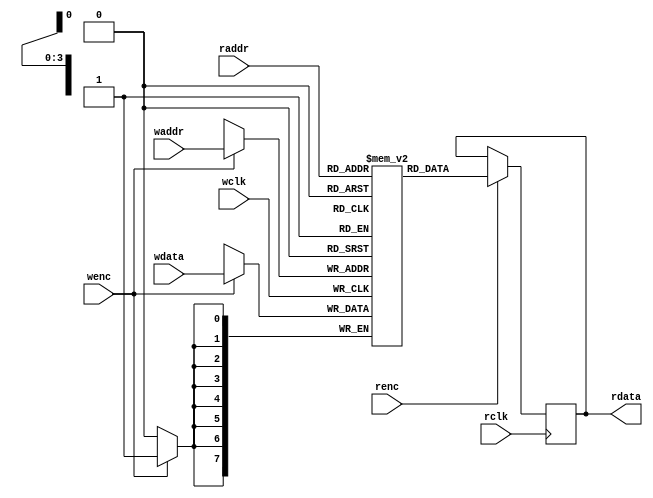
`timescale 1ns/1ns
/**********************************RAM************************************/
module dual_port_RAM #(parameter DEPTH = 16,
					   parameter WIDTH = 8)(
	 input wclk
	,input wenc
	,input [$clog2(DEPTH)-1:0] waddr  //2
	,input [WIDTH-1:0] wdata      	//
	,input rclk
	,input renc
	,input [$clog2(DEPTH)-1:0] raddr  //2
	,output reg [WIDTH-1:0] rdata 		//
);

reg [WIDTH-1:0] RAM_MEM [0:DEPTH-1];

always @(posedge wclk) begin
	if(wenc) begin
		RAM_MEM[waddr] <= wdata;
	end	
end 

always @(posedge rclk) begin
	if(renc) begin
		rdata <= RAM_MEM[raddr];
	end
end 

endmodule  

/**********************************SFIFO************************************/
module sfifo#(
	parameter	WIDTH = 8,
	parameter 	DEPTH = 16
)(
	input 					clk		, 
	input 					rst_n	,
	input 					winc	,
	input 			 		rinc	,
	input 		[WIDTH-1:0]	wdata	,

	output reg				wfull	,
	output reg				rempty	,
	output wire [WIDTH-1:0]	rdata
);
    
    reg [$clog2(DEPTH)-1:0] waddr, raddr;
    reg [$clog2(DEPTH)  :0] cnt;
    
       always@(posedge clk or negedge rst_n) begin
           if(~rst_n) begin
                waddr <= 0;
                raddr <= 0;
           end
            else begin 
                if(winc & ~wfull) 
                    waddr <= waddr+1;
                else 
                    waddr <=  waddr;

                if(rinc & ~rempty) 
                   raddr <= raddr+1;
                else 
                    raddr <=  raddr;
            end
       end
    

     //
   always@(posedge clk or negedge rst_n) begin
        if(~rst_n)
            cnt <= 0;
        else begin
        // 
            if(winc&~wfull & cnt < DEPTH-1 & rinc&~rempty & cnt > 0 )
                cnt <= cnt;
                //
            else if(winc&~wfull & cnt < DEPTH-1)
                cnt <= cnt + 1;
                //
            else if(rinc&~rempty & cnt > 0)
                cnt <= cnt - 1;
             else
             cnt <= cnt;
         end
    end
  //   
 always@(posedge clk or negedge rst_n) begin
        if(~rst_n) begin
            wfull  <= 1'd0;
            rempty <= 1'd1;
        end
        else begin
        /* if(cnt == DEPTH-1)*/
            if(cnt == DEPTH-1)
                wfull  <=1'd1;
            else
               wfull  <= 1'd0;
            
            if(cnt == 0)
                rempty <= 1'd1;
            else
                rempty <= 1'd0;
        end
    end
     
    dual_port_RAM #(
        .DEPTH(DEPTH       ),
        .WIDTH(WIDTH       )
    )
    myRAM(
        .wclk (clk         ),
        .wenc (winc&~wfull ),
        .waddr(waddr       ),
        .wdata(wdata       ),
        .rclk (clk         ),
        .renc (rinc&~rempty),
        .raddr(raddr       ),
        .rdata(rdata       )
    );
    
endmodule